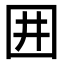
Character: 囲